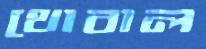
থোবাল